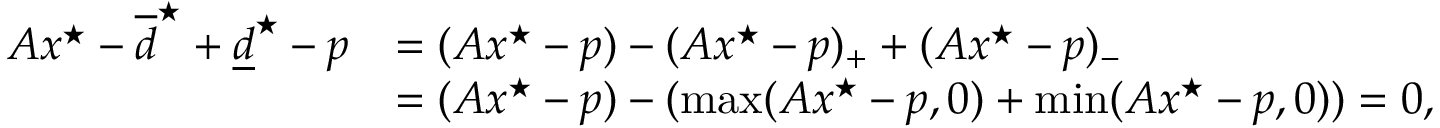
\begin{array} { r l } { A x ^ { \star } - \overline { d } ^ { \star } + \underline { d } ^ { \star } - p } & { = ( A x ^ { \star } - p ) - ( A x ^ { \star } - p ) _ { + } + ( A x ^ { \star } - p ) _ { - } } \\ & { = ( A x ^ { \star } - p ) - ( \operatorname* { m a x } ( A x ^ { \star } - p , 0 ) + \operatorname* { m i n } ( A x ^ { \star } - p , 0 ) ) = 0 , } \end{array}